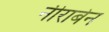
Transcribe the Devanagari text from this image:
नीराबेन